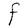
Character: F